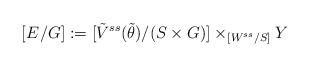
LaTeX: \begin{align*} [E^{}/G]:=[\tilde{V}^{ss}(\tilde{\theta})/(S\times G)]\times_{[W^{ss}/S]}Y\end{align*}